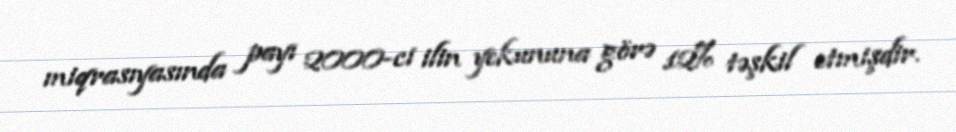
miqrasıyasında payı 2000-ci ilin yekununa görə 12% təşkil etmişdir.